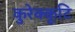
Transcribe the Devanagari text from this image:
कुरेक्कूटि